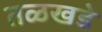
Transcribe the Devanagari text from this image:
तळखडे